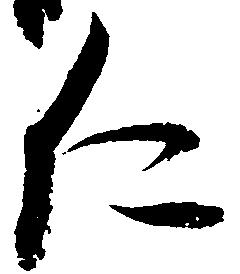
仁